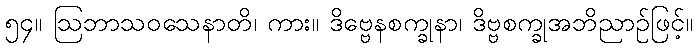
၅၄။ ဩဘာသဝသေနာတိ၊ ကား။ ဒိဗ္ဗေနစက္ခုနာ၊ ဒိဗ္ဗစက္ခုအဘိညာဉ်ဖြင့်။